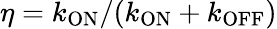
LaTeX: \eta=k_{\mathrm{ON}}/(k_{\mathrm{ON}}+k_{\mathrm{OFF}})